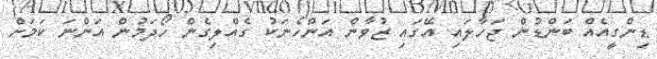
ޑިންގީއެއް ބަންޑުން ޖަހާލައި އޭގައި ޒުވާން އަންހެނަކު ގެއްލިގެން ހޯދަމުން އަންނަ ކަމަށް